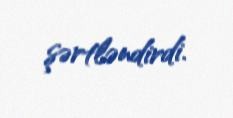
şərtləndirdi.